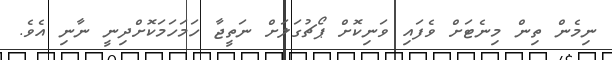
ނިމެން ތިން މިނެޓަށް ވެފައި ވަނިކޮށް ޕޯޗުގަލަށް ނަތީޖާ ހަމަހަމަކޮށްދިނީ ނާނި އެވެ.